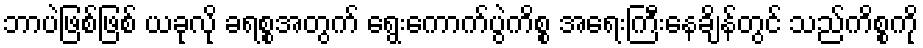
ဘာပဲဖြစ်ဖြစ် ယခုလို ခရစ္စအတွက် ရွေးကောက်ပွဲကိစ္စ အရေးကြီးနေချိန်တွင် သည်ကိစ္စကို